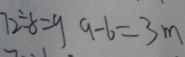
7 2 \div 8 = 9 9 - 6 = 3 m